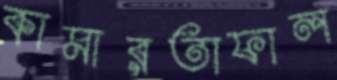
কামারতাফাল